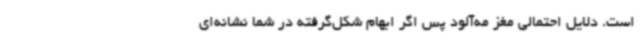
است. دلایل احتمالی مغز مه‌آلود پس اگر ابهام شکل‌گرفته در شما نشانه‌ای